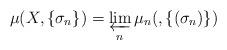
LaTeX: \begin{align*} \mu(X,\{\sigma_n\})=\varprojlim_n \mu_n(,\{(\sigma_n)\}) \end{align*}